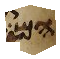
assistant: הם